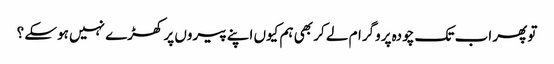
تو پھر اب تک چودہ پروگرام لے کر بھی ہم کیوں اپنے پیروں پر کھڑے نہیں ہوسکے ؟